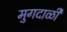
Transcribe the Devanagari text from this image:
मुगदाळी